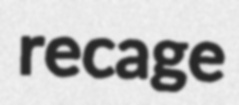
recage